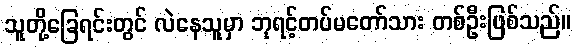
သူတို့ခြေရင်းတွင် လဲနေသူမှာ ဘုရင့်တပ်မတော်သား တစ်ဦးဖြစ်သည်။